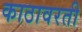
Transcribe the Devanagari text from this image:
काठावरती